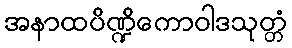
အနာထပိဏ္ဍိကောဝါဒသုတ္တံ